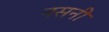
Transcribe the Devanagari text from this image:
नसनी